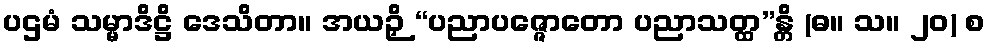
ပဌမံ သမ္မာဒိဋ္ဌိ ဒေသိတာ။ အယဉှိ “ပညာပဇ္ဇောတော ပညာသတ္ထ”န္တိ (ဓ။ သ။ ၂၀) စ